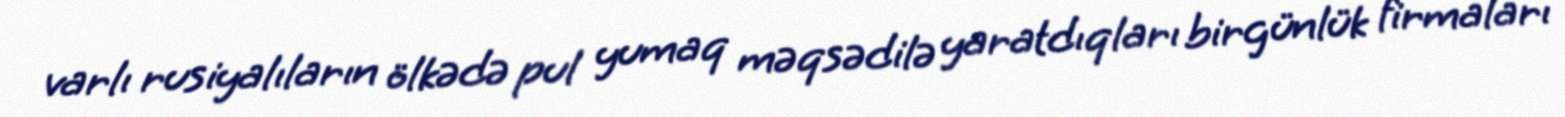
varlı rusiyalıların ölkədə pul yumaq məqsədilə yaratdıqları birgünlük firmaları